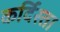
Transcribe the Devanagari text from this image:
कर्दिस्ता